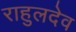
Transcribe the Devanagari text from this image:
राहुलदेव